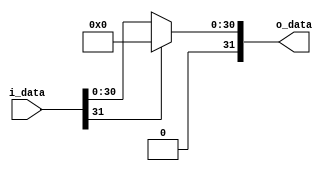
module ReLU(
    input [31:0] i_data,
    output reg[31:0] o_data
);
    always @(*)
    begin
        if(i_data[31])
            o_data <= 32'd0;
        else
            o_data <= i_data;     
    end
endmodule